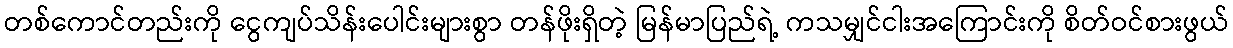
တစ်ကောင်တည်းကို ငွေကျပ်သိန်းပေါင်းများစွာ တန်ဖိုးရှိတဲ့ မြန်မာပြည်ရဲ့ ကသမျှင်ငါးအကြောင်းကို စိတ်ဝင်စားဖွယ်